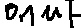
Text: 0.1µF